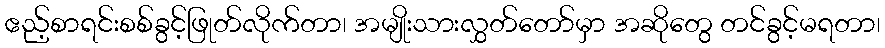
ဧည့်စာရင်းစစ်ခွင့်ဖြုတ်လိုက်တာ၊ အမျိုးသားလွှတ်တော်မှာ အဆိုတွေ တင်ခွင့်မရတာ၊